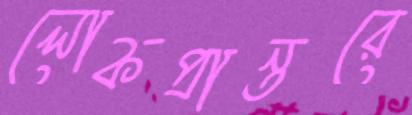
লোকপ্রান্তরে